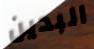
البدين